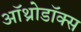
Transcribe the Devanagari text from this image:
ऑथ्रोडॉक्स